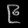
Digit: ၉